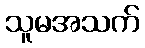
သူမအသက်